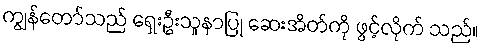
ကျွန်တော်သည် ရှေးဦးသူနာပြု ဆေးအိတ်ကို ဖွင့်လိုက် သည်။